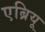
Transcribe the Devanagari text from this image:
एब्रियू